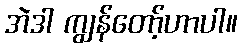
အဲဒါ ကျွန်တော့်ဟာပါ။